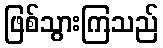
ဖြစ်သွားကြသည်